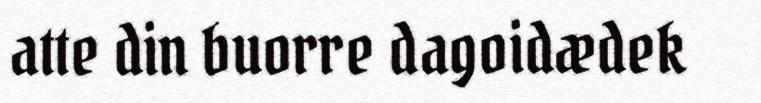
atte din buorre dagoidædek